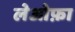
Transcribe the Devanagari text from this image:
लेओफ़ा